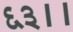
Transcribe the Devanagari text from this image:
६३।।